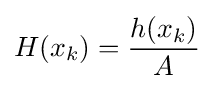
H(x_{k})={\frac {h(x_{k})}{A}}